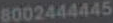
8002444445